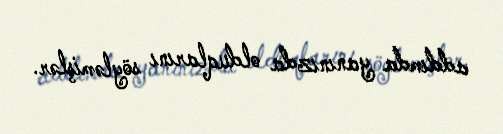
addımda yanınızda olduqlarını söyləmişlər.